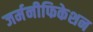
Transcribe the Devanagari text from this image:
जर्मनीफिकेशन